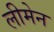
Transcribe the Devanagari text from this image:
लीमेन